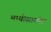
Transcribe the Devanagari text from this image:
थायोसायनेट